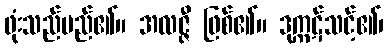
ဖုံးသည်မည်၏။ အလဇ္ဇီ ဖြစ်၏။ ဒုက္ကဋ်သင့်၏၊